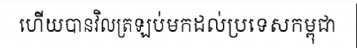
ហើយបានវិលត្រឡប់មកដល់ប្រទេសកម្ពុជា